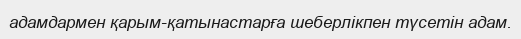
адамдармен қарым-қатынастарға шеберлікпен түсетін адам.